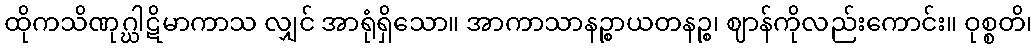
ထိုကသိဏုဂ္ဃါဋိမာကာသ လျှင် အာရုံရှိသော။ အာကာသာနဉ္စာယတနဉ္စ၊ ဈာန်ကိုလည်းကောင်း။ ဝုစ္စတိ၊